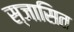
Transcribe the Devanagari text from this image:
स्जासित